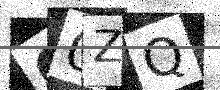
Text: Q0ZQ